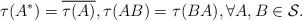
LaTeX: \begin{align*}\tau(A^*) = \overline{\tau(A)}, \tau(AB)=\tau(BA), \forall A,B\in \mathcal S.\end{align*}